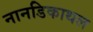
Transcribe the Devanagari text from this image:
नानडिकाथल